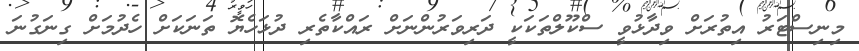
މިނިސްޓަރު އިތުރަށް ވިދާޅުވީ ސްކޫލްތަކަކީ ދަރިވަރުންނަށް ރައްކާތެރި ދުޅަހެޔޮ ތަނަކަށް ހެދުމަށް ގިނަގުނަ